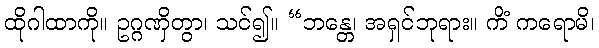
ထိုဂါထာကို။ ဥဂ္ဂဏှိတွာ၊ သင်၍။ “ဘန္တေ၊ အရှင်ဘုရား။ ကိံ ကရောမိ၊